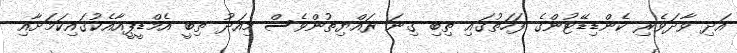
އަދި ވާދަވެރި ކެންޑިޑޭޓުންގެ ފަހަތުގައި ތިބި ގިނަ ރައްޔިތުންވެސް މިއަދު ތިބީ އެމްޑީޕީއާއެކުގައިކަމަށާއި